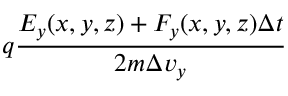
q \frac { E _ { y } ( x , y , z ) + F _ { y } ( x , y , z ) \Delta t } { 2 m \Delta v _ { y } }